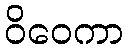
ဝိဝေကာ